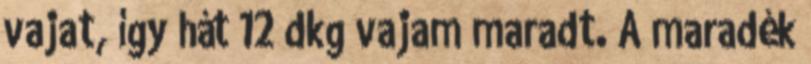
vajat, így hát 12 dkg vajam maradt. A maradék